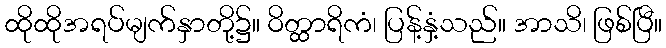
ထိုထိုအရပ်မျက်နှာတို့၌။ ဝိတ္ထာရိကံ၊ ပြန့်နှံ့သည်။ အာသိ၊ ဖြစ်ပြီ။